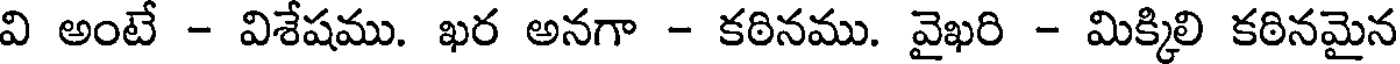
వి అంటే - విశేషము. ఖర అనగా - కఠినము. వైఖరి - మిక్కిలి కఠినమైన